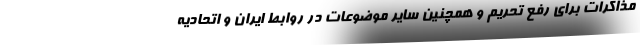
مذاکرات برای رفع تحریم و همچنین سایر موضوعات در روابط ایران و اتحادیه